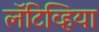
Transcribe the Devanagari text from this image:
लॅटिव्हिया